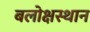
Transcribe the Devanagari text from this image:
बलोक्षस्थान